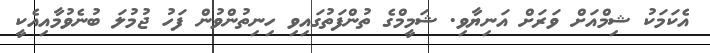
އެކަމަކު ޝިމްއަށް ވަރަށް އަނިޔާވި. ޝަމީމްގެ ތުންފަތުގައިވި ހިނިތުންވުން ފަހު ޖުމުލަ ބުނެވުމާއިއެކީ